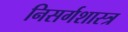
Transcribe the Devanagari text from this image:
निसर्गशास्त्र